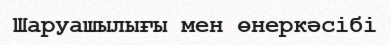
Шаруашылығы мен өнеркәсібі